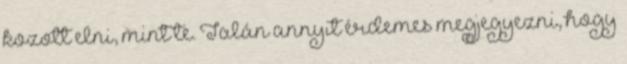
kozott elni, mint te. Talán annyit érdemes megjegyezni, hogy